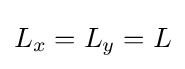
L_{x}=L_{y}=L